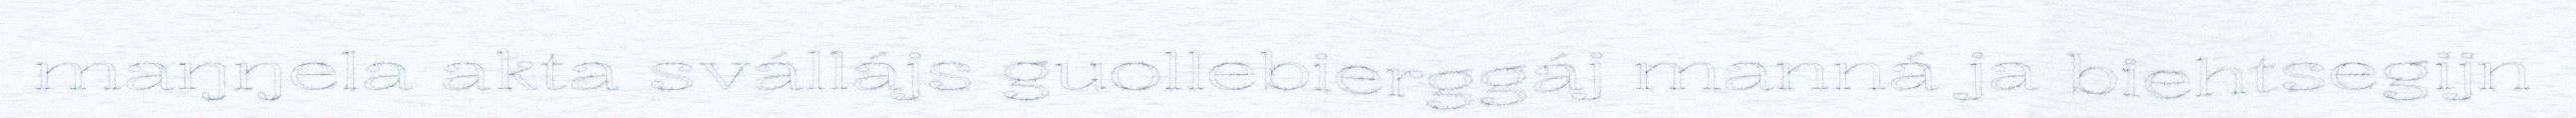
maŋŋela akta svállájs guollebierggáj manná ja biehtsegijn